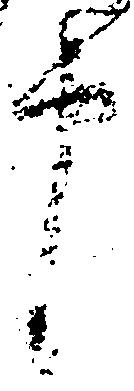
申